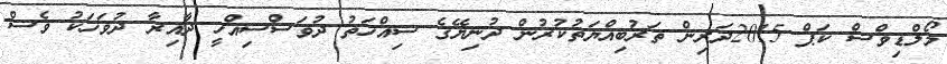
މޯލްޑިވްސް ކަޕް 2015ދަރިން ތަރުބިއްޔަތުކުރުން ދުނިޔޭގެ ސިއްހަތު ދުވަސްސިއްހީ ދާއިރާ ދުވަހަކު ވެސް